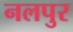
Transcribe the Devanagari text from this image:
नलपुर